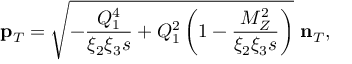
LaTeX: \mathbf { p } _ { T } = \sqrt { - \frac { Q _ { 1 } ^ { 4 } } { \xi _ { 2 } \xi _ { 3 } s } + Q _ { 1 } ^ { 2 } \left( 1 - \frac { M _ { Z } ^ { 2 } } { \xi _ { 2 } \xi _ { 3 } s } \right) } ~ \mathbf { n } _ { T } ,